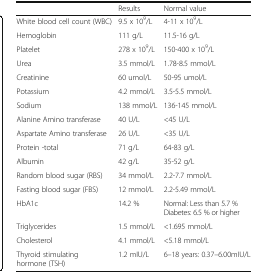
|  | Results | Normal value |
 | --- | --- | --- |
 | White blood cell count (WBC) | 9.5 x 109/L | 4-11 x 109/L |
 | Hemoglobin | 111 g/L | 11.5-16 g/L |
 | Platelet | 278 x 109/L | 150-400 x 109/L |
 | Urea | 3.5 mmol/L | 1.78-8.5 mmol/L |
 | Creatinine | 60 umol/L | 50-95 umol/L |
 | Potassium | 4.2 mmol/L | 3.5-5.5 mmol/L |
 | Sodium | 138 mmol/L | 136-145 mmol/L |
 | Alanine Amino transferase | 40 U/L | <45 U/L |
 | Aspartate Amino transferase | 26 U/L | <35 U/L |
 | Protein -total | 71 g/L | 64-83 g/L |
 | Albumin | 42 g/L | 35-52 g/L |
 | Random blood sugar (RBS) | 34 mmol/L | 2.2-7.7 mmol/L |
 | Fasting blood sugar (FBS) | 12 mmol/L | 2.2-5.49 mmol/L |
 | HbA1c | 14.2 % | Normal: Less than 5.7 %Diabetes: 6.5 % or higher |
 | Triglycerides | 1.5 mmol/L | <1.695 mmol/L |
 | Cholesterol | 4.1 mmol/L | <5.18 mmol/L |
 | Thyroid stimulating hormone (TSH) | 1.2 mIU/L | 6–18 years: 0.37–6.00mIU/L |